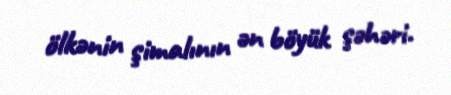
ölkənin şimalının ən böyük şəhəri.